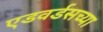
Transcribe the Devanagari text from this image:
एडवर्डसच्या